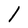
Character: l